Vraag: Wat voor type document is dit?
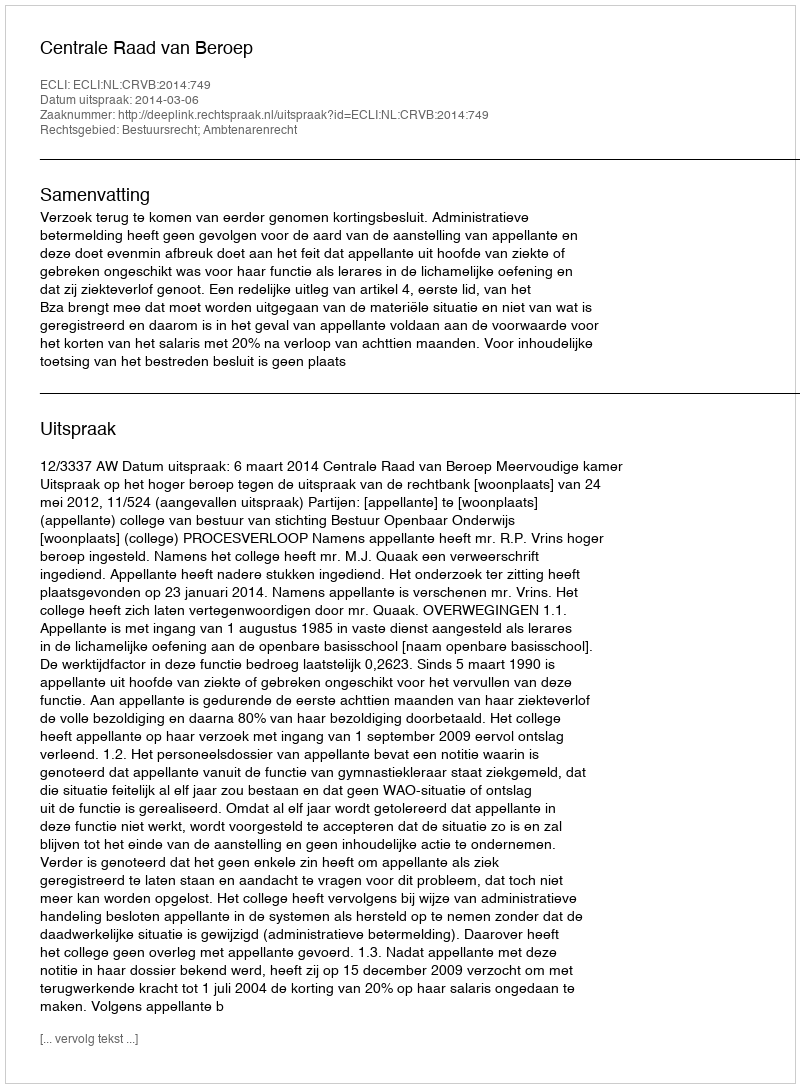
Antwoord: Uitspraak